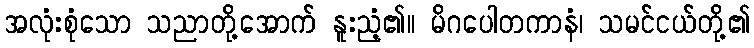
အလုံးစုံသော သညာတို့အောက် နူးညံ့၏။ မိဂပေါတကာနံ၊ သမင်ငယ်တို့၏